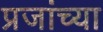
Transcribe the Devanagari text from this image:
प्रजांच्या